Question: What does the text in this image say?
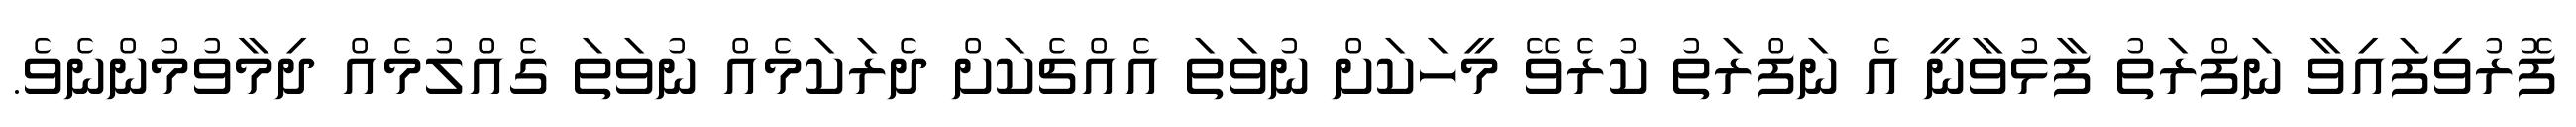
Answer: ފޮރުވިފައިވާ ނަފްރަތު ފާޅުވާނީ އެ ނަފްރަތު ކުރެވޭ މީހަކަށް ނުވަތަ އެއްޗެކަށް ދެރަކަމެއް ނުވަތަ ގެއްލުމެއް ދިމާވުމުންނެވެ.